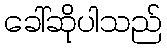
ခေါ်ဆိုပါသည်